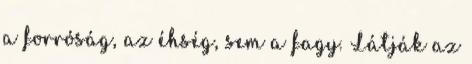
a forróság, az éhség, sem a fagy. Látják az